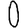
Digit: 0